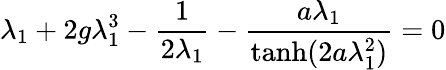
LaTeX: \lambda_{1}+2g\lambda_{1}^{3}-{\frac{1}{2\lambda_{1}}}-{\frac{a\lambda_{1}}{{\operatorname{tanh}}(2a\lambda_{1}^{2})}}=0